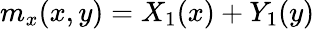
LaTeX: m_{x}(x,y)=X_{1}(x)+Y_{1}(y)